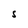
Character: S